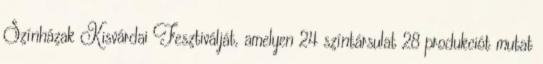
Színházak Kisvárdai Fesztiválját, amelyen 24 színtársulat 28 produkciót mutat